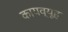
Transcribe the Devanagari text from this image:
कायव्यूह